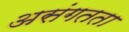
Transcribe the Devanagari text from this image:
असंगतता